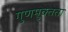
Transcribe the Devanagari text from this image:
गुणमुक्तता